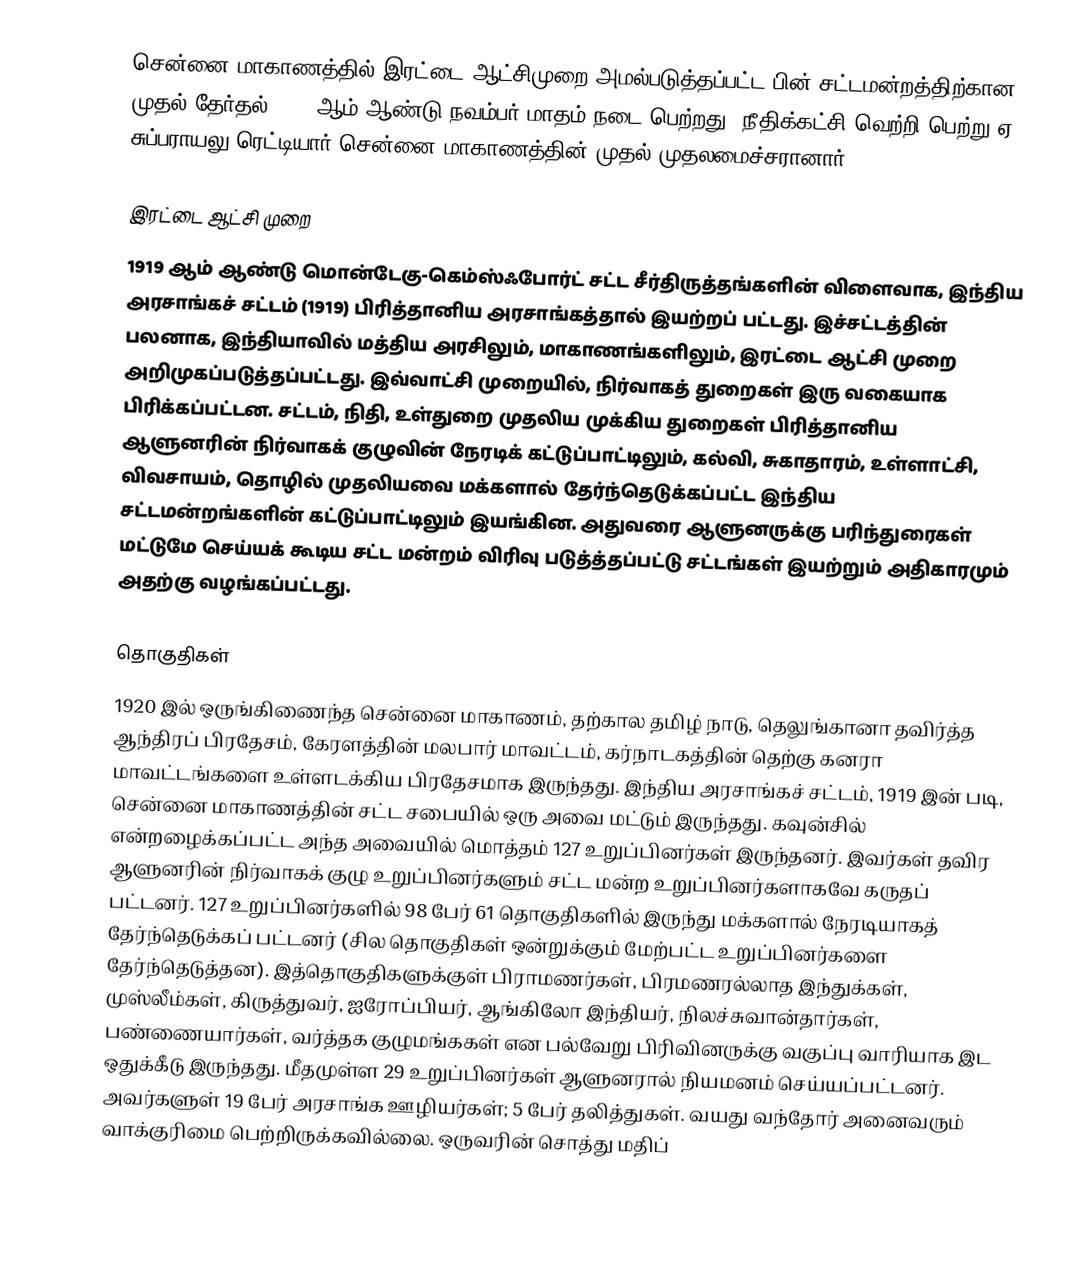
சென்னை மாகாணத்தில் இரட்டை ஆட்சிமுறை அமல்படுத்தப்பட்ட பின் சட்டமன்றத்திற்கான முதல் தேர்தல் 1920 ஆம் ஆண்டு நவம்பர் மாதம் நடை பெற்றது. நீதிக்கட்சி வெற்றி பெற்று ஏ. சுப்பராயலு ரெட்டியார் சென்னை மாகாணத்தின் முதல் முதலமைச்சரானார்.

இரட்டை ஆட்சி முறை
1919 ஆம் ஆண்டு மொன்டேகு-கெம்ஸ்ஃபோர்ட் சட்ட சீர்திருத்தங்களின் விளைவாக, இந்திய அரசாங்கச் சட்டம் (1919) பிரித்தானிய அரசாங்கத்தால் இயற்றப் பட்டது. இச்சட்டத்தின் பலனாக, இந்தியாவில் மத்திய அரசிலும், மாகாணங்களிலும், இரட்டை ஆட்சி முறை அறிமுகப்படுத்தப்பட்டது. இவ்வாட்சி முறையில், நிர்வாகத் துறைகள் இரு வகையாக பிரிக்கப்பட்டன. சட்டம், நிதி, உள்துறை முதலிய முக்கிய துறைகள் பிரித்தானிய ஆளுனரின் நிர்வாகக் குழுவின் நேரடிக் கட்டுப்பாட்டிலும், கல்வி, சுகாதாரம், உள்ளாட்சி, விவசாயம், தொழில் முதலியவை மக்களால் தேர்ந்தெடுக்கப்பட்ட இந்திய சட்டமன்றங்களின் கட்டுப்பாட்டிலும் இயங்கின. அதுவரை ஆளுனருக்கு பரிந்துரைகள் மட்டுமே செய்யக் கூடிய சட்ட மன்றம் விரிவு படுத்த்தப்பட்டு சட்டங்கள் இயற்றும் அதிகாரமும் அதற்கு வழங்கப்பட்டது.

தொகுதிகள்
1920 இல் ஒருங்கிணைந்த சென்னை மாகாணம், தற்கால தமிழ் நாடு, தெலுங்கானா தவிர்த்த ஆந்திரப் பிரதேசம், கேரளத்தின் மலபார் மாவட்டம், கர்நாடகத்தின் தெற்கு கனரா மாவட்டங்களை உள்ளடக்கிய பிரதேசமாக இருந்தது. இந்திய அரசாங்கச் சட்டம், 1919 இன் படி, சென்னை மாகாணத்தின் சட்ட சபையில் ஒரு அவை மட்டும் இருந்தது. கவுன்சில் என்றழைக்கப்பட்ட அந்த அவையில் மொத்தம் 127 உறுப்பினர்கள் இருந்தனர். இவர்கள் தவிர ஆளுனரின் நிர்வாகக் குழு உறுப்பினர்களும் சட்ட மன்ற உறுப்பினர்களாகவே கருதப் பட்டனர். 127 உறுப்பினர்களில் 98 பேர் 61 தொகுதிகளில் இருந்து மக்களால் நேரடியாகத் தேர்ந்தெடுக்கப் பட்டனர் (சில தொகுதிகள் ஒன்றுக்கும் மேற்பட்ட உறுப்பினர்களை தேர்ந்தெடுத்தன). இத்தொகுதிகளுக்குள் பிராமணர்கள், பிரமணரல்லாத இந்துக்கள், முஸ்லீம்கள், கிருத்துவர், ஐரோப்பியர், ஆங்கிலோ இந்தியர், நிலச்சுவான்தார்கள், பண்ணையார்கள், வர்த்தக குழுமங்ககள் என பல்வேறு பிரிவினருக்கு வகுப்பு வாரியாக இட ஒதுக்கீடு இருந்தது. மீதமுள்ள 29 உறுப்பினர்கள் ஆளுனரால் நியமனம் செய்யப்பட்டனர். அவர்களுள் 19 பேர் அரசாங்க ஊழியர்கள்; 5 பேர் தலித்துகள். வயது வந்தோர் அனைவரும் வாக்குரிமை பெற்றிருக்கவில்லை. ஒருவரின் சொத்து மதிப்